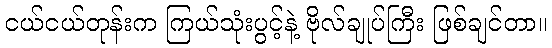
ငယ်ငယ်တုန်းက ကြယ်သုံးပွင့်နဲ့ ဗိုလ်ချုပ်ကြီး ဖြစ်ချင်တာ။